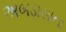
અબડાસાના